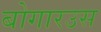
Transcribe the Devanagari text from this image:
बोगारउस